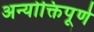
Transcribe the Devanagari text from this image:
अन्योक्तिपूर्ण